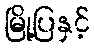
မြို့ပြနှင့်